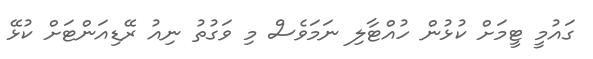
ގައުމީ ޓީމަށް ކުޅުން ހުއްޓާލި ނަމަވެސް މި ވަގުތު ނިއު ރޭޑިއަންޓަށް ކުޅޭ